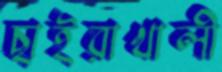
ছাইরাখালী